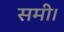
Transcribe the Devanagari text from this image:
समी।